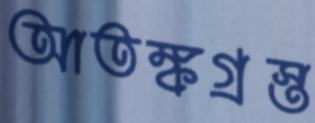
আতঙ্কগ্রস্ত